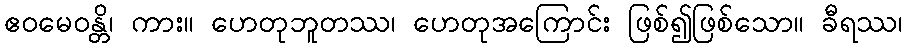
ဧဝမေဝန္တိ၊ ကား။ ဟေတုဘူတဿ၊ ဟေတုအကြောင်း ဖြစ်၍ဖြစ်သော။ ခီရဿ၊